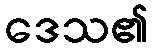
ဒေသ၏